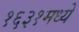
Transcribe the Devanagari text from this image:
१६३१मध्ये